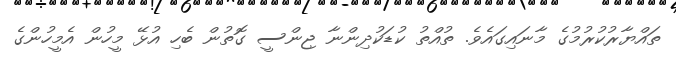
ތައްޔާރުކުރުމުގެ މާނައިގައެވެ. ތުއްތު ކުޑަކުދިންނާ ޖިންސީ ގޮތުން ބެހި އުޅޭ މީހުން އެމީހުންގެ